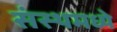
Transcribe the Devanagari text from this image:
संस्थमध्ये